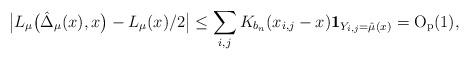
LaTeX: \begin{align*} \bigl|L_\mu\bigl(\hat\Delta_\mu(x),x\bigr)- L_\mu(x)/2\bigr| \le \sum_{i,j}K_{b_n}(x_{i,j}-x) \mathbf{1}_{Y_{i,j}=\hat\mu(x)} =\mathrm{O}_\mathrm{p}(1),\end{align*}